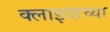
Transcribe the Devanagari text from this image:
क्लाइव्हच्या